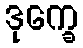
ဒုက္ခေ